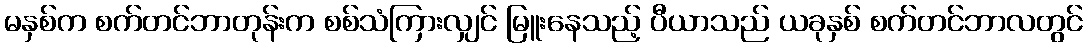
မနှစ်က စက်တင်ဘာတုန်းက စစ်သံကြားလျှင် မြူးနေသည့် ပီယာသည် ယခုနှစ် စက်တင်ဘာလတွင်